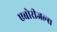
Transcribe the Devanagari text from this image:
एबोरीजल्स